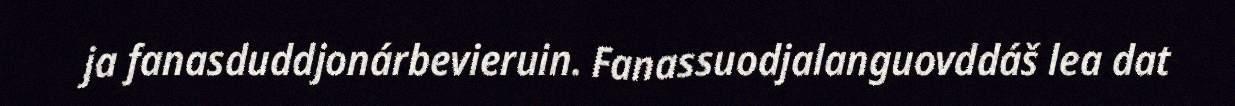
ja fanasduddjonárbevieruin. Fanassuodjalanguovddáš lea dat